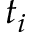
t _ { i }